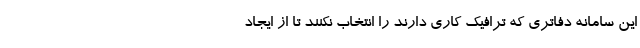
این سامانه دفاتری که ترافیک کاری دارند را انتخاب نکنند تا از ایجاد